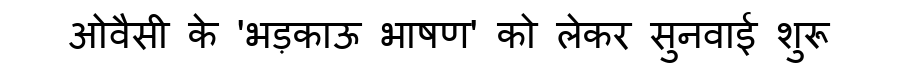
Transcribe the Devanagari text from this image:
ओवैसी के 'भड़काऊ भाषण' को लेकर सुनवाई शुरू